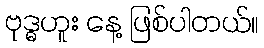
ဗုဒ္ဓဟူး နေ့ ဖြစ်ပါတယ်။